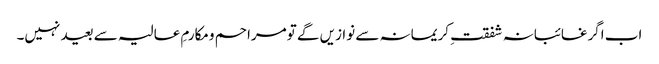
اب اگرغائبانہ شفقتِ کریمانہ سے نوازیں گے تومراحم ومکارمِ عالیہ سے بعید نہیں۔